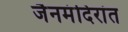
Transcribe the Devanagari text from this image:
जैनमंदिरांत